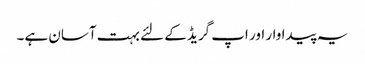
یہ پیداوار اور اپ گریڈ کے لئے بہت آسان ہے۔